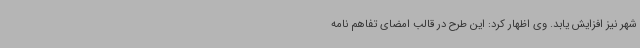
شهر نیز افزایش یابد. وی اظهار کرد: این طرح در قالب امضای تفاهم نامه